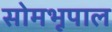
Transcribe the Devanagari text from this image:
सोमभूपाल